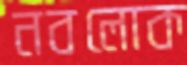
নবলোক